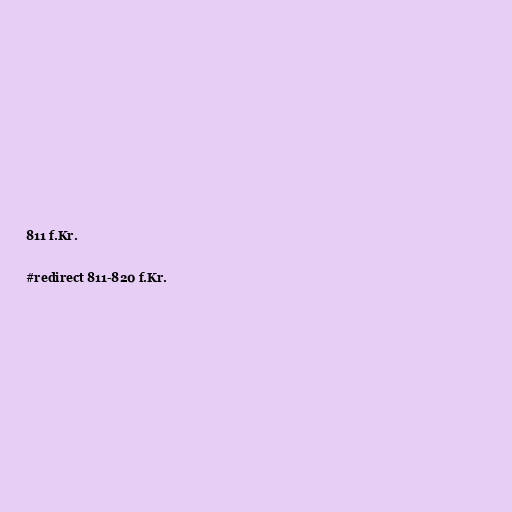
811 f.Kr.

#redirect 811-820 f.Kr.